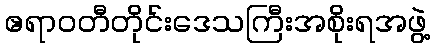
ဧရာဝတီတိုင်းဒေသကြီးအစိုးရအဖွဲ့